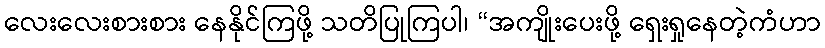
လေးလေးစားစား နေနိုင်ကြဖို့ သတိပြုကြပါ၊ “အကျိုးပေးဖို့ ရှေးရှုနေတဲ့ကံဟာ